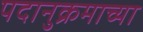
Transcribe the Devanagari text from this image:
पदानुक्रमाच्या